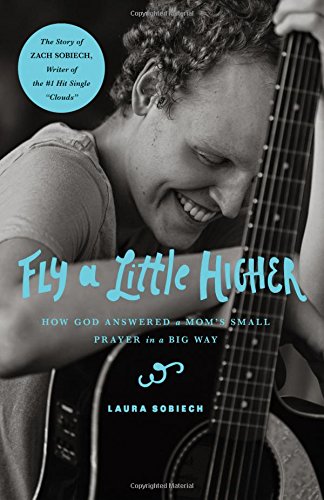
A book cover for Fly a Little Higher: How God Answered a Mom's Small Prayer in a Big Way; Laura Sobiech; Christian Books & Bibles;